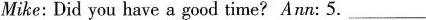
Mike: Did you have a good time?Ann: 5. ___